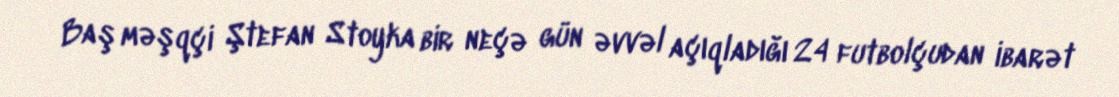
Baş məşqçi Ştefan Stoyka bir neçə gün əvvəl açıqladığı 24 futbolçudan ibarət